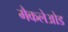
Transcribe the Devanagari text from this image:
मैकलेओड